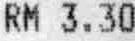
RM 3.30